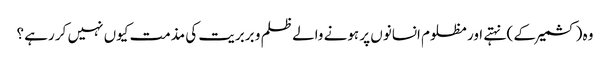
وہ (کشمیر کے ) نہتے اور مظلوم انسانوں پر ہونے والے ظلم و بربریت کی مذمت کیوں نہیں کر رہے ؟